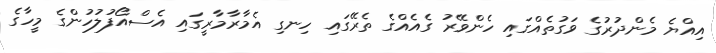
އިއްޔެ މެންދުރުގެ ވަގުތެއްގައި ހެންވޭރު ގެއެއްގެ ތެރޭގައި ހިނގި އެމާރާމާރީގައި އެސްއޯފުލުހުންގެ މީހާގެ